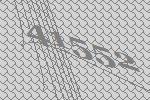
41552